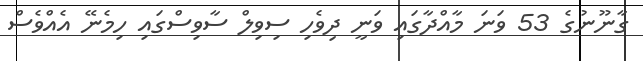
ގާނޫނުގެ 53 ވަނަ މާއްދާގައި ވަނީ ދިވެހި ސިވިލް ސާވިސްގައި ހިމެނޭ އެއްވެސް